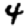
Digit: 4